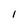
Character: l